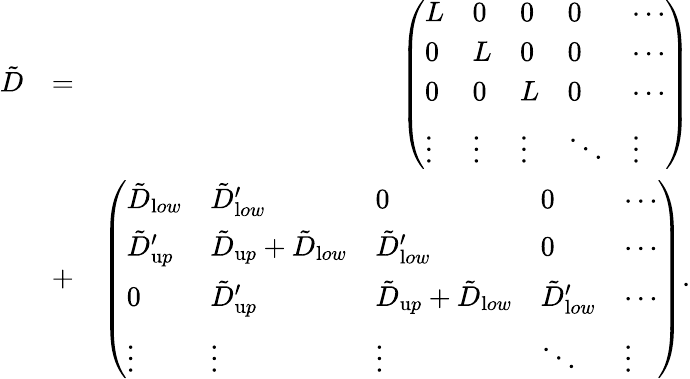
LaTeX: \begin{array}{rlr}{{\tilde{D}}}&{=}&{\left(\begin{array}{lllll}{L}&{0}&{0}&{0}&{\cdots}\\ {0}&{L}&{0}&{0}&{\cdots}\\ {0}&{0}&{L}&{0}&{\cdots}\\ {\vdots}&{\vdots}&{\vdots}&{\ddots}&{\vdots}\end{array}\right)}\\ &{+}&{\left(\begin{array}{lllll}{{\tilde{D}}_{{\textrm low}}}&{{\tilde{D}}_{{\textrm low}}^{\prime}}&{0}&{0}&{\cdots}\\ {{\tilde{D}}_{{\textrm up}}^{\prime}}&{{\tilde{D}}_{{\textrm up}}+{\tilde{D}}_{{\textrm low}}}&{{\tilde{D}}_{{\textrm low}}^{\prime}}&{0}&{\cdots}\\ {0}&{{\tilde{D}}_{{\textrm up}}^{\prime}}&{{\tilde{D}}_{{\textrm up}}+{\tilde{D}}_{{\textrm low}}}&{{\tilde{D}}_{{\textrm low}}^{\prime}}&{\cdots}\\ {\vdots}&{\vdots}&{\vdots}&{\ddots}&{\vdots}\end{array}\right).}\end{array}